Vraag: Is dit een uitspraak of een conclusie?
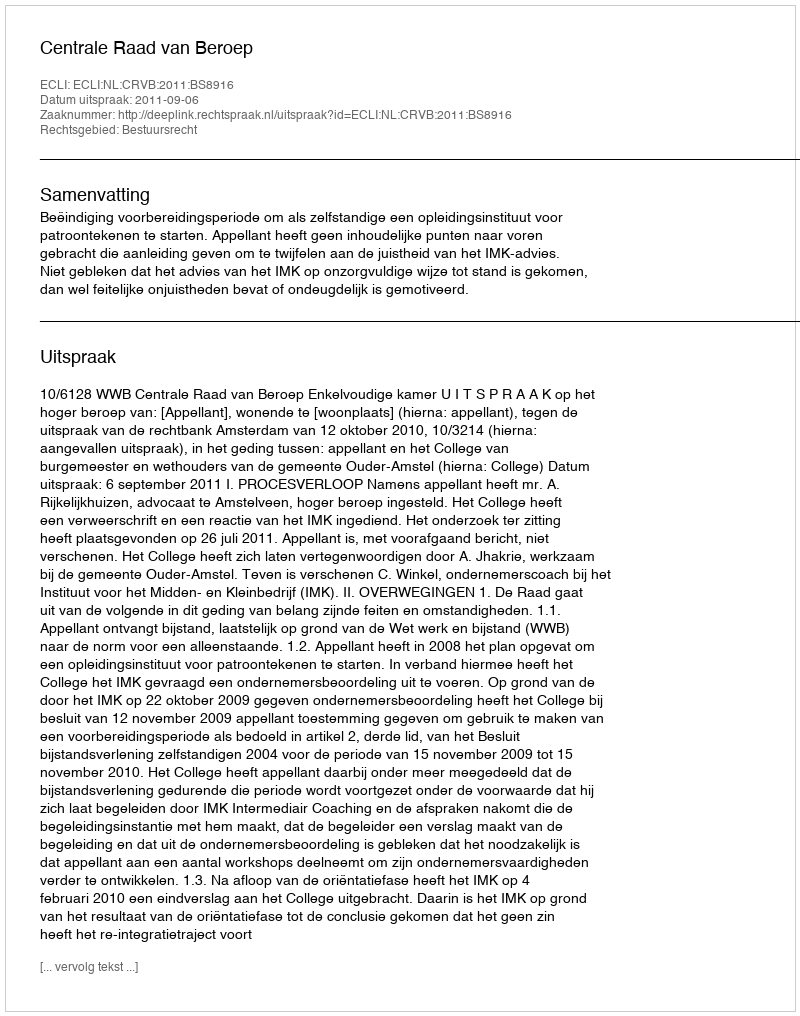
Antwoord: Uitspraak